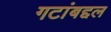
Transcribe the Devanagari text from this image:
गटांबद्दल